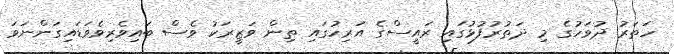
ހަތަރު ދުވަހުގެ މި ދަތުރުފުޅުގައި ރައީސްގެ އަރިިހުގައި ތިން ވަޒީރަކު ވެސް ބައިވެރިވެވަޑައިގަންނަވަ